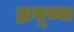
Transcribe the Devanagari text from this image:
द्रायूच्या